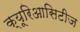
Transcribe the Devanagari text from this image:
क्यूरिआसिटीज